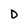
Character: D